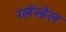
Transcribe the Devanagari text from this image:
ग्लॅन्डेल